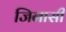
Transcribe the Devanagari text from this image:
जिनासी